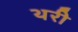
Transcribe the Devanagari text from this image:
थरी